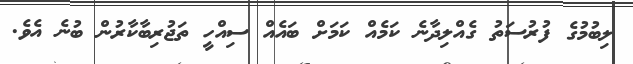
ލިބުމުގެ ފުރުސަތު ގެއްލިދާނެ ކަމެއް ކަމަށް ބައެއް ސިއްހީ ތަޖުރިބާކާރުން ބުނެ އެވެ.